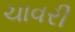
ચાવરી